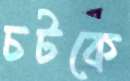
চটকে